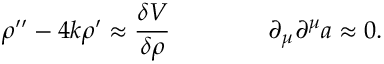
\rho ^ { \prime \prime } - 4 k \rho ^ { \prime } \approx { \frac { \delta V } { \delta \rho } } \qquad \qquad \partial _ { \mu } \partial ^ { \mu } a \approx 0 .